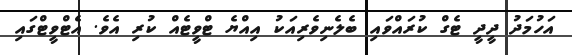
އަހުމަދު ދީދީ ޓެގް ކުރައްވައި ބެލެނިވެރިއަކު އިއްޔެ ޓްވީޓެއް ކުރި އެވެ. އެޓްވީޓްގައި